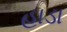
હાડા